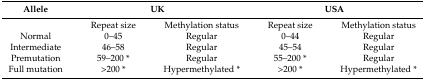
| Allele | <COLSPAN=2> UK | <COLSPAN=2> USA |
 | --- | --- | --- | --- | --- |
 |  | Repeat size | Methylation status | Repeat size | Methylation status |
 | Normal | 0–45 | Regular | 0–44 | Regular |
 | Intermediate | 46–58 | Regular | 45–54 | Regular |
 | Premutation | 59–200 * | Regular | 55–200 * | Regular |
 | Full mutation | >200 * | Hypermethylated * | >200 * | Hypermethylated * |